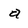
Character: a